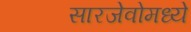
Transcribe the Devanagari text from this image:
सारजेवोमध्ये